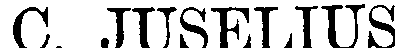
C. JUSELIUS